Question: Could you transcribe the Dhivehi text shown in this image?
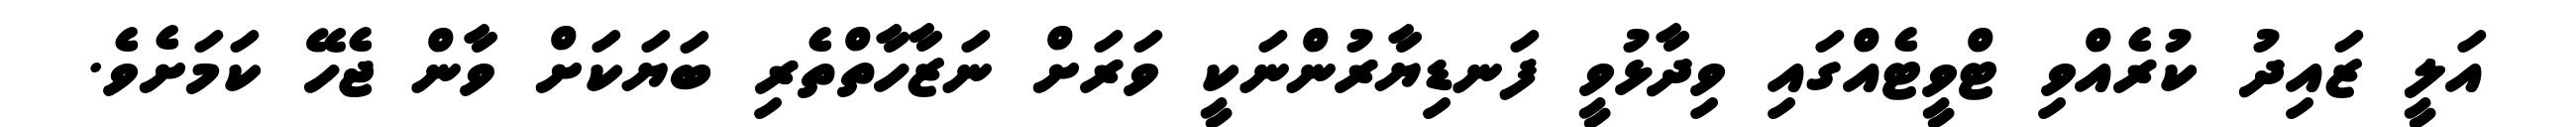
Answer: އަލީ ޒައިދު ކުރެއްވި ޓްވީޓެއްގައި ވިދާޅުވީ ފަނޑިޔާރުންނަކީ ވަރަށް ނަޒާހާތްތެރި ބަޔަކަށް ވާން ޖެހޭ ކަމަށެވެ.